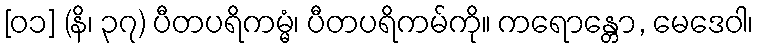
[၀၁] (နိ၊ ၃၇) ပီတပရိကမ္မံ၊ ပီတပရိကမ်ကို။ ကရောန္တော, မေဒေဝါ၊